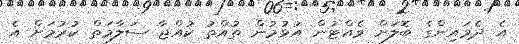
އެ ދެމައިންގެ ބޮލަށް ވެއްޓުން އުޅުމުން ތުއްތު ކުއްޖާ ސަލާމަތް ކުރުމަށް އެ